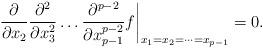
LaTeX: \begin{align*}\frac{\partial}{\partial x_{2}}\frac{\partial^{2}}{\partial x_{3}^{2}}\dots \frac{\partial^{p-2}}{\partial x_{p-1}^{p-2}}f \biggr|_{x_1=x_2=\dots=x_{p-1}}=0.\end{align*}